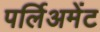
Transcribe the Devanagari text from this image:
पर्लिअमेंट